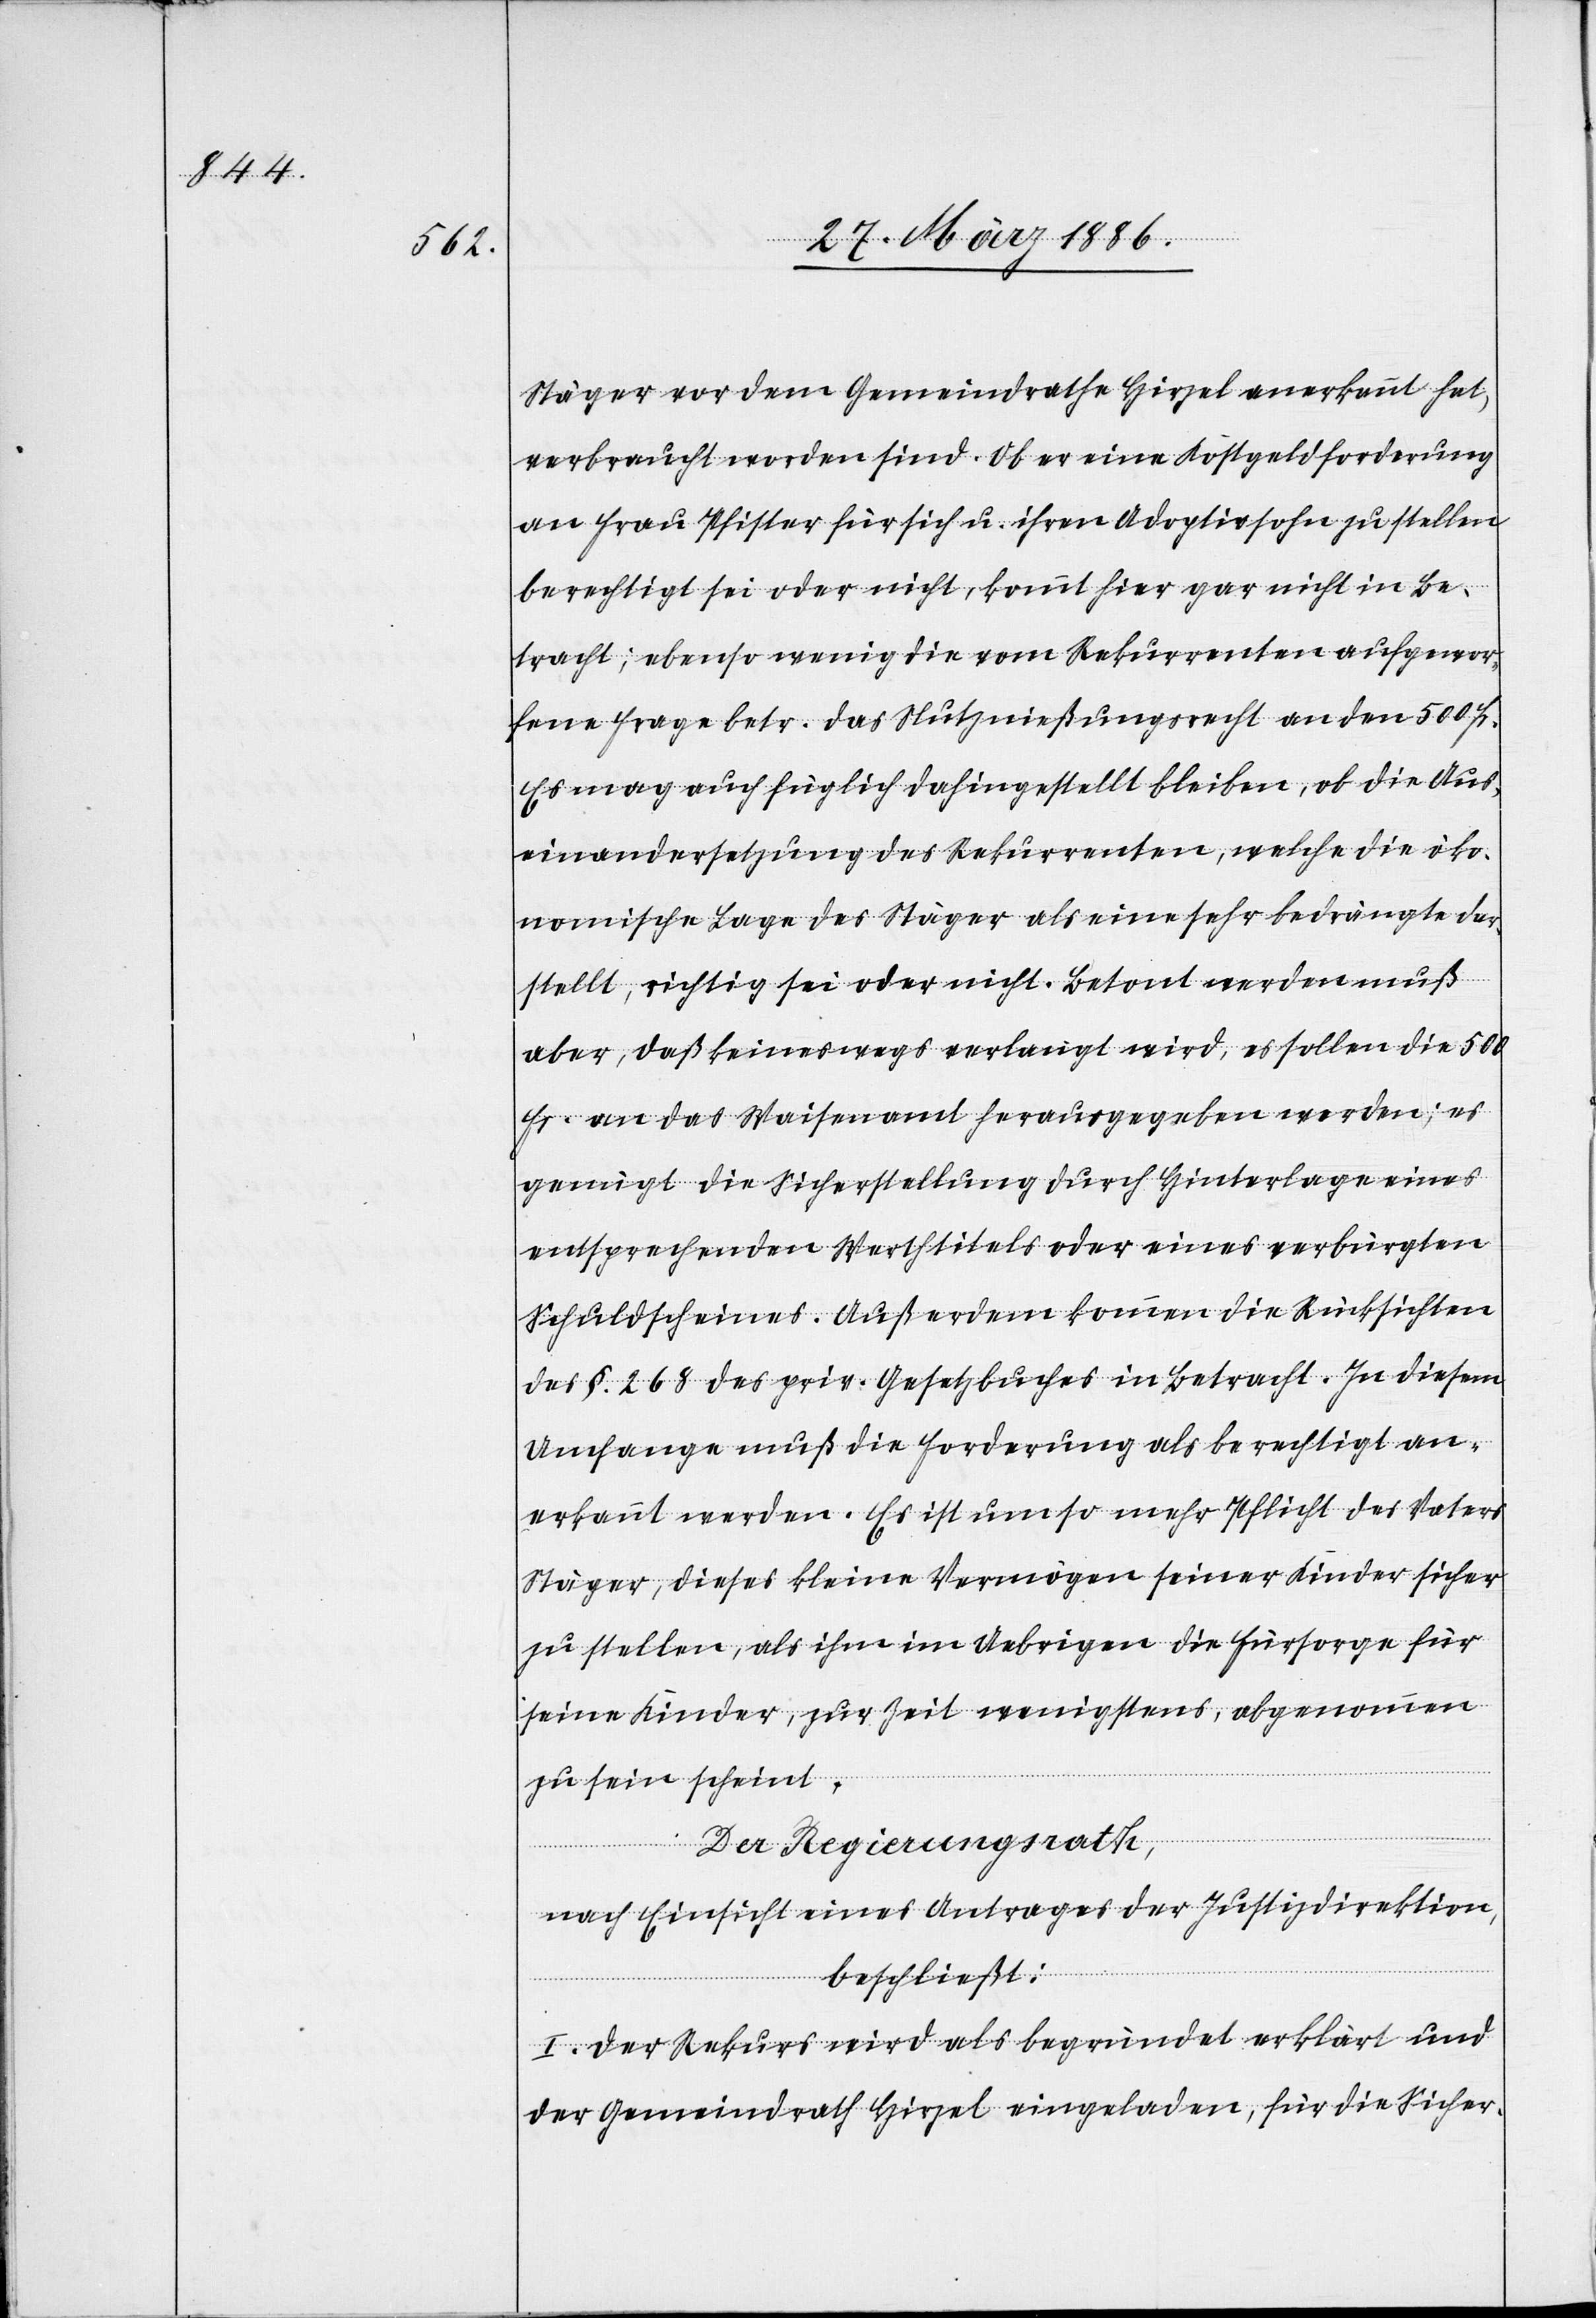
Stäger vor dem Gemeindrathe Hirzel anerkannt hat,
verbracht worden sind, ob er eine Kostgeldforderung
an Frau Pfister für sich u. ihren Adoptivsohn zu stellen
berechtigt sei oder nicht, kommt hier gar nicht in Be¬
tracht; ebenso wenig die vom Rekurrenten aufgewor¬
fene Frage betr. das Nutznießungsrecht an den 500 Fr.
Es mag auch füglich dahingestellt bleiben, ob die Aus¬
einandersetzung des Rekurrenten, welche die öko¬
nomische Lage des Stäger als eine sehr bedrängte dar¬
stellt, richtig sei oder nicht. Betont werden muß
aber, daß keineswegs verlangt wird, es sollen die 500
Fr. an das Waisenamt herausgegeben werden; es
genügt die Sicherstellung durch Hinterlage eines
entsprechenden Werthtitels oder eines verbürgten
Schuldscheines. Außerdem kommen die Rücksichten
des §. 268 des priv. Gesetzbuches in Betracht. In diesem
Umfange muß die Forderung als berechtigt an¬
erkannt werden. Es ist um so mehr Pflicht des Vaters
Stäger, dieses kleine Vermögen seiner Kinder sicher
zu stellen, als ihm im Uebrigen die Fürsorge für
seine Kinder, zur Zeit wenigstens, abgenommen
zu sein scheint.
Der Regierungsrath,
nach Einsicht eines Antrages der Justizdirektion,
beschließt:
I. Der Rekurs wird als begründet erklärt und
der Gemeindrath Hirzel eingeladen, für die Sicher-